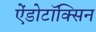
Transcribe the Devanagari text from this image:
ऐंडोटॉक्सिन